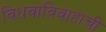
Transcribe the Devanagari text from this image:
विधवाविवाहाची